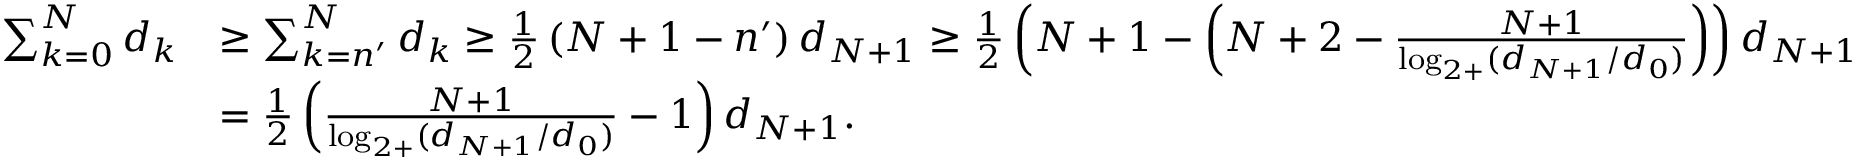
\begin{array} { r l } { \sum _ { k = 0 } ^ { N } d _ { k } } & { \geq \sum _ { k = n ^ { \prime } } ^ { N } d _ { k } \geq \frac { 1 } { 2 } \left( N + 1 - n ^ { \prime } \right) d _ { N + 1 } \geq \frac { 1 } { 2 } \left( N + 1 - \left( N + 2 - \frac { N + 1 } { \log _ { 2 + } ( d _ { N + 1 } / d _ { 0 } ) } \right) \right) d _ { N + 1 } } \\ & { = \frac { 1 } { 2 } \left( \frac { N + 1 } { \log _ { 2 + } ( d _ { N + 1 } / d _ { 0 } ) } - 1 \right) d _ { N + 1 } . } \end{array}